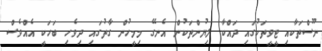
ނޫސްތަކާއި ޓީވީތަކުގައި ދައްކާ ލިޔުންތަކުން އެނގޭ މިމީހުން ގާތުގައި ދިވެހި ބަހަކީ އެއްވެސް